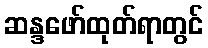
ဆန္ဒဖော်ထုတ်ရာတွင်